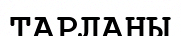
ТАРЛАНЫ